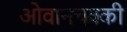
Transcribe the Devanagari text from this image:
ओवानचक्की